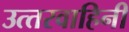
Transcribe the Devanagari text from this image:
उत्‍तरवाहिनी